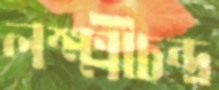
লক্ষ্মীচন্দ্র